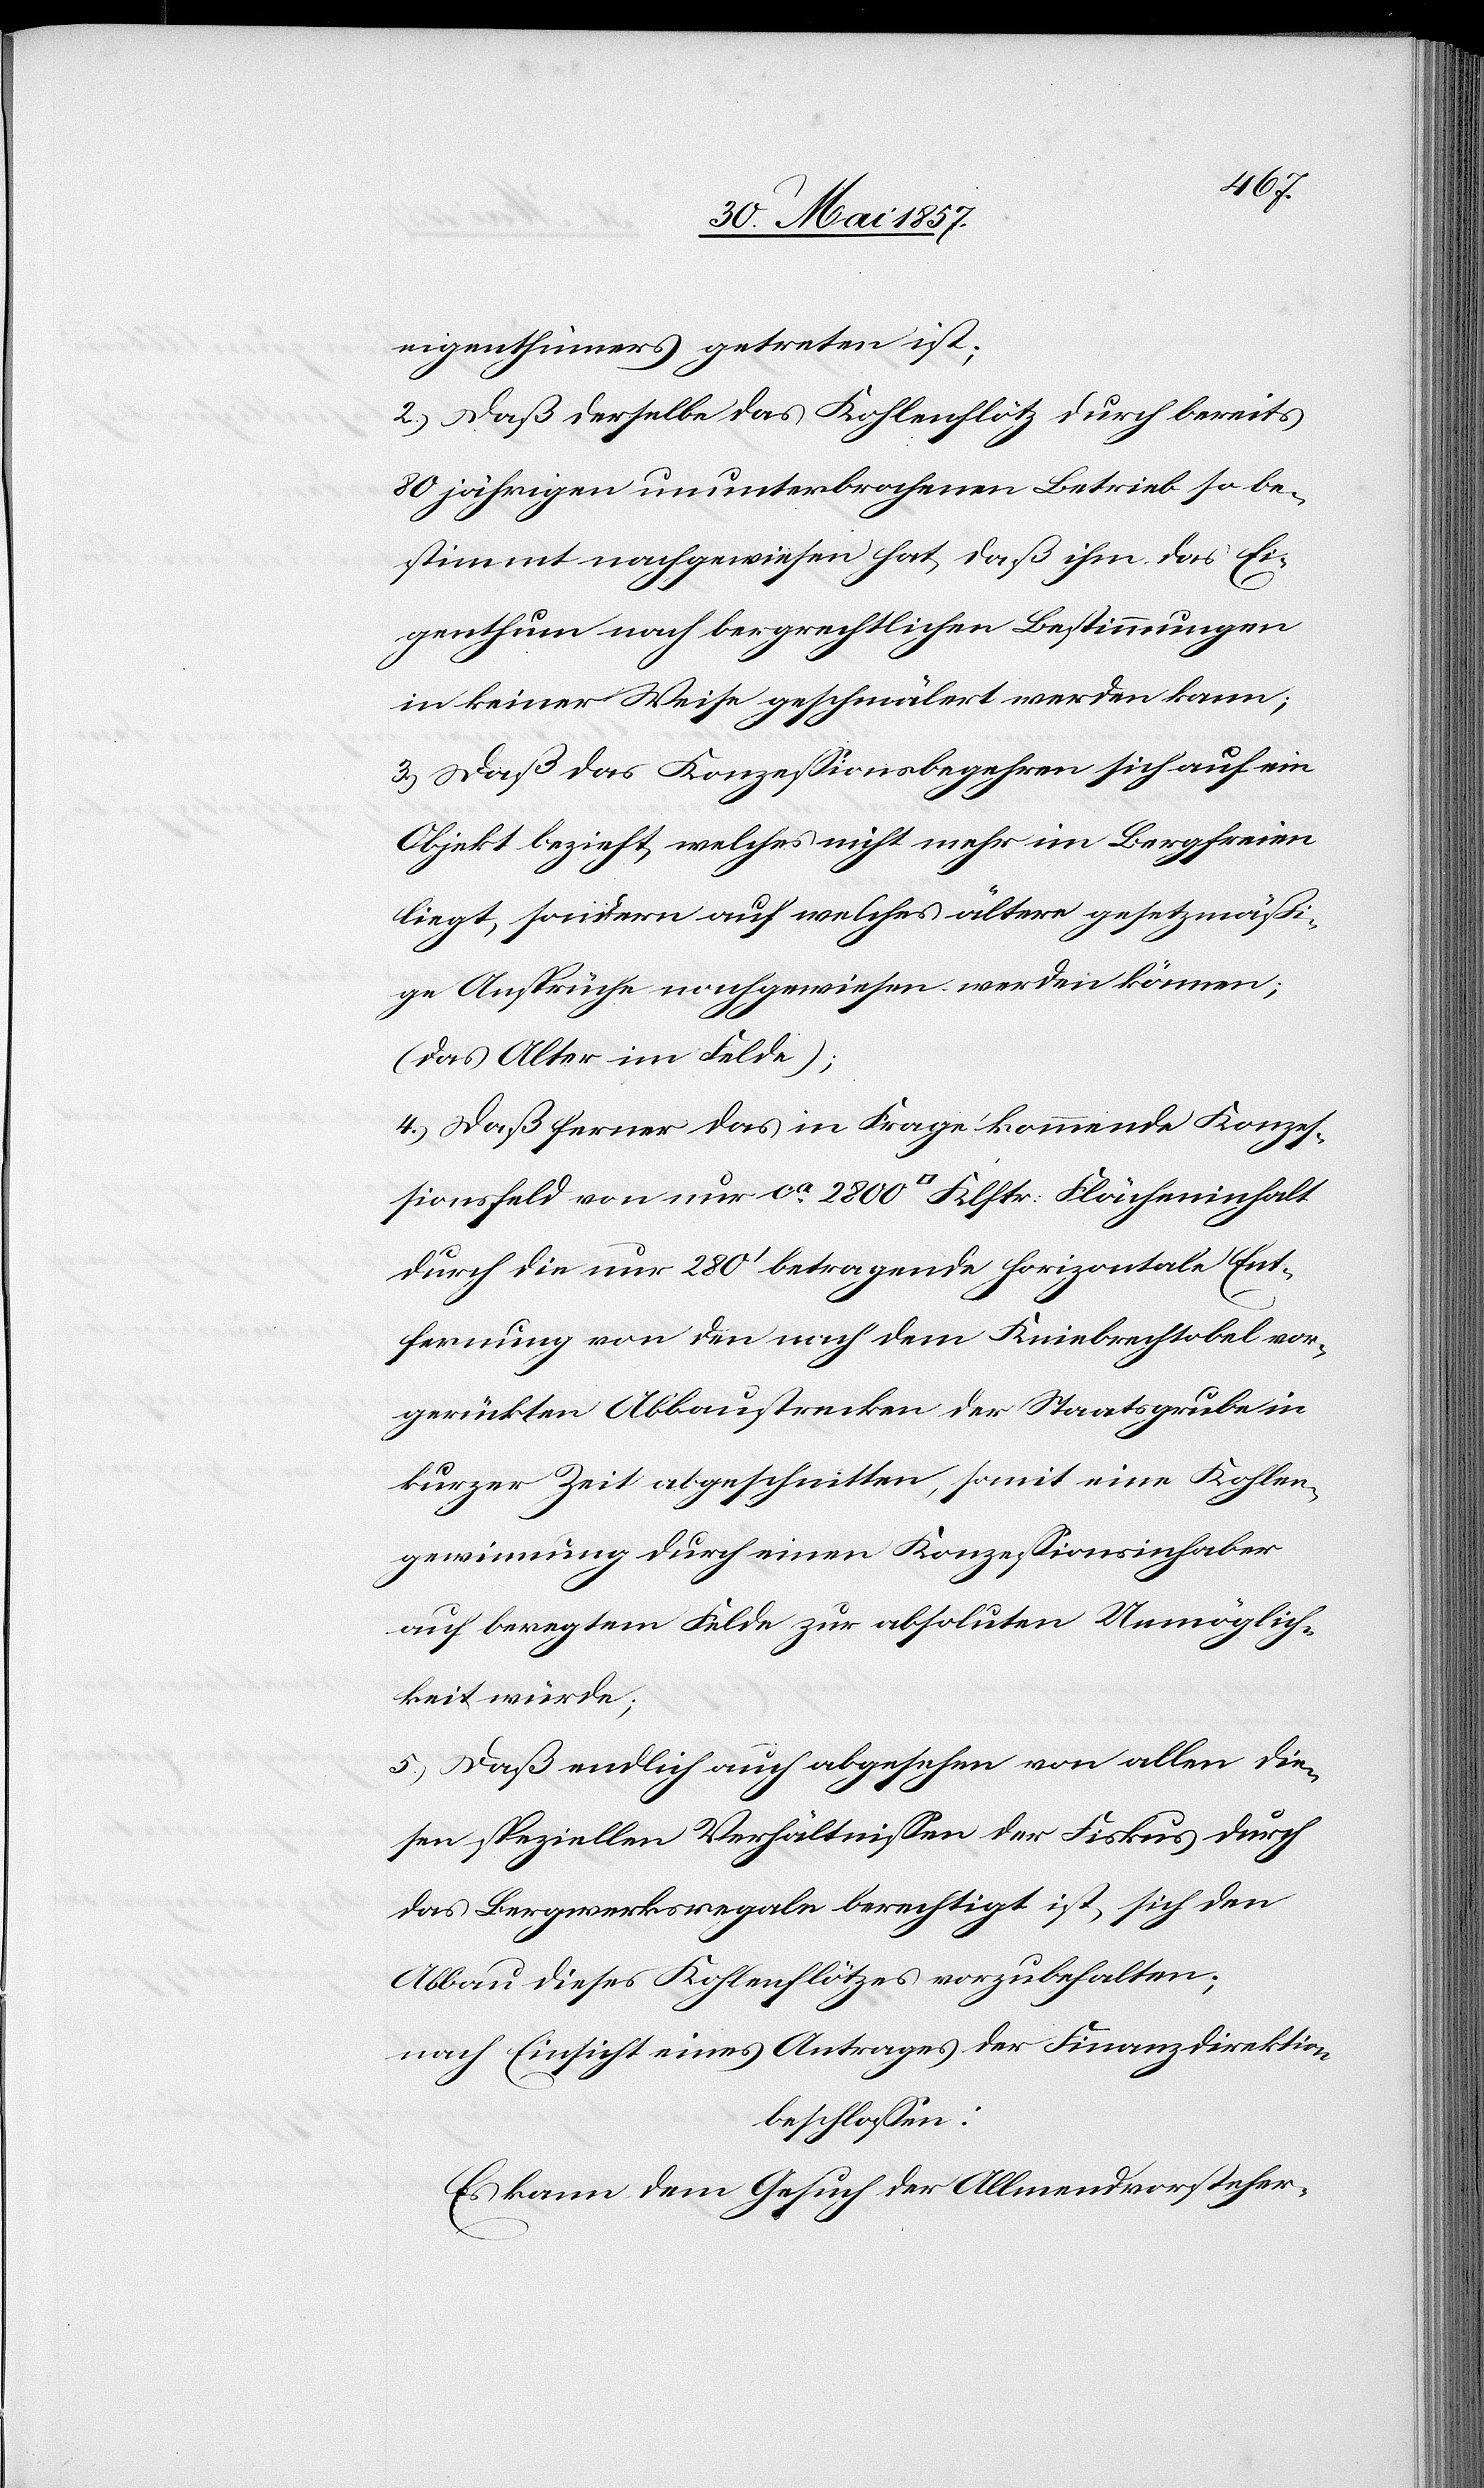
eigenthümers getreten ist;
2.) Daß derselbe das Kohlenflötz durch bereits
80 jährigen ununterbrochenen Betrieb so be¬
stimmt nachgewiesen hat, daß ihm das Ei¬
genthum nach bergrechtlichen Bestimmungen
in keiner Weise geschmälert werden kann;
3.) Daß das Konzessionsbegehren sich auf ein
Objekt bezieht, welches nicht mehr im Bergfreien
liegt, sondern auf welches ältere gesetzmäßi¬
ge Ansprüche nachgewiesen werden können;
(das Alter im Felde);
4.) Daß ferner das in Frage kommende Konzes¬
sionsfeld von nur ca 2800 [Quadratfuß] Klftr. Flächeninhalt
durch die nur 280’ betragende horizontale Ent¬
fernung von den nach dem Kniebrechtobel vor¬
gerückten Abbaustrecken der Staatsgrube in
kurzer Zeit abgeschnitten, somit eine Kohlen¬
gewinnung durch einen Konzessionsinhaber
auf beregtem Felde zu absoluten Unmöglich¬
keit würde;
5.) Daß endlich auch abgesehen von allen die¬
sen speziellen Verhältnissen der Fiskus durch
das Bergwerksregale berechtigt ist, sich den
Abbau dieses Kohlenflötzes vorzubehalten;
nach Einsicht eines Antrages der Finanzdirektion
beschlossen:
Es kann dem Gesuche der Allmendvorsteher-